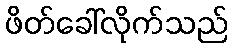
ဖိတ်ခေါ်လိုက်သည်